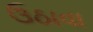
ઉઠાવા